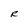
Character: R